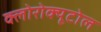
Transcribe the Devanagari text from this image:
क्लोरोक्यूटोल